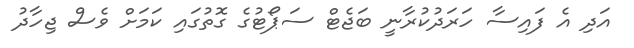
އަދި އެ ފައިސާ ހަރަދުކުރާނީ ބަޖެޓް ސަޕޯޓުގެ ގޮތުގައި ކަމަށް ވެސް ޖިހާދު